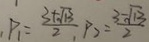
P _ { 1 } = \frac { 3 + \sqrt { 1 3 } } { 2 } , P _ { 2 } = \frac { 3 - \sqrt { 1 3 } } { 2 }